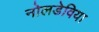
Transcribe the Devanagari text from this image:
नोलडेविया